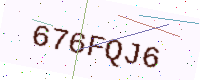
Text: 676FQJ6